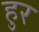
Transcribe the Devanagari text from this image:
हुर